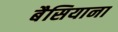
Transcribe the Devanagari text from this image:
बैसियाना